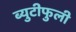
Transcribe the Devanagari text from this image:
ब्युटीफुली